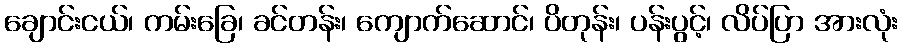
ချောင်းငယ်၊ ကမ်းခြေ၊ ခင်တန်း၊ ကျောက်ဆောင်၊ ပိတုန်း၊ ပန်းပွင့်၊ လိပ်ပြာ အားလုံး